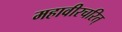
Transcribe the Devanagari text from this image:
महावीरचरित्‌